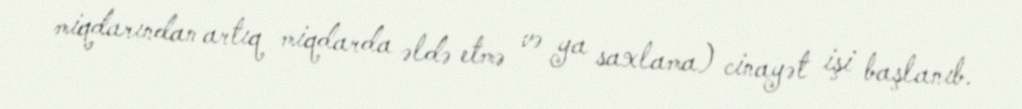
miqdarından artıq miqdarda əldə etmə və ya saxlama) cinayət işi başlanıb.